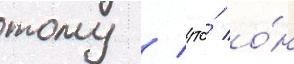
тому / что́ о́н